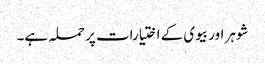
شوہر اور بیوی کے اختیارات پر حملہ ہے۔